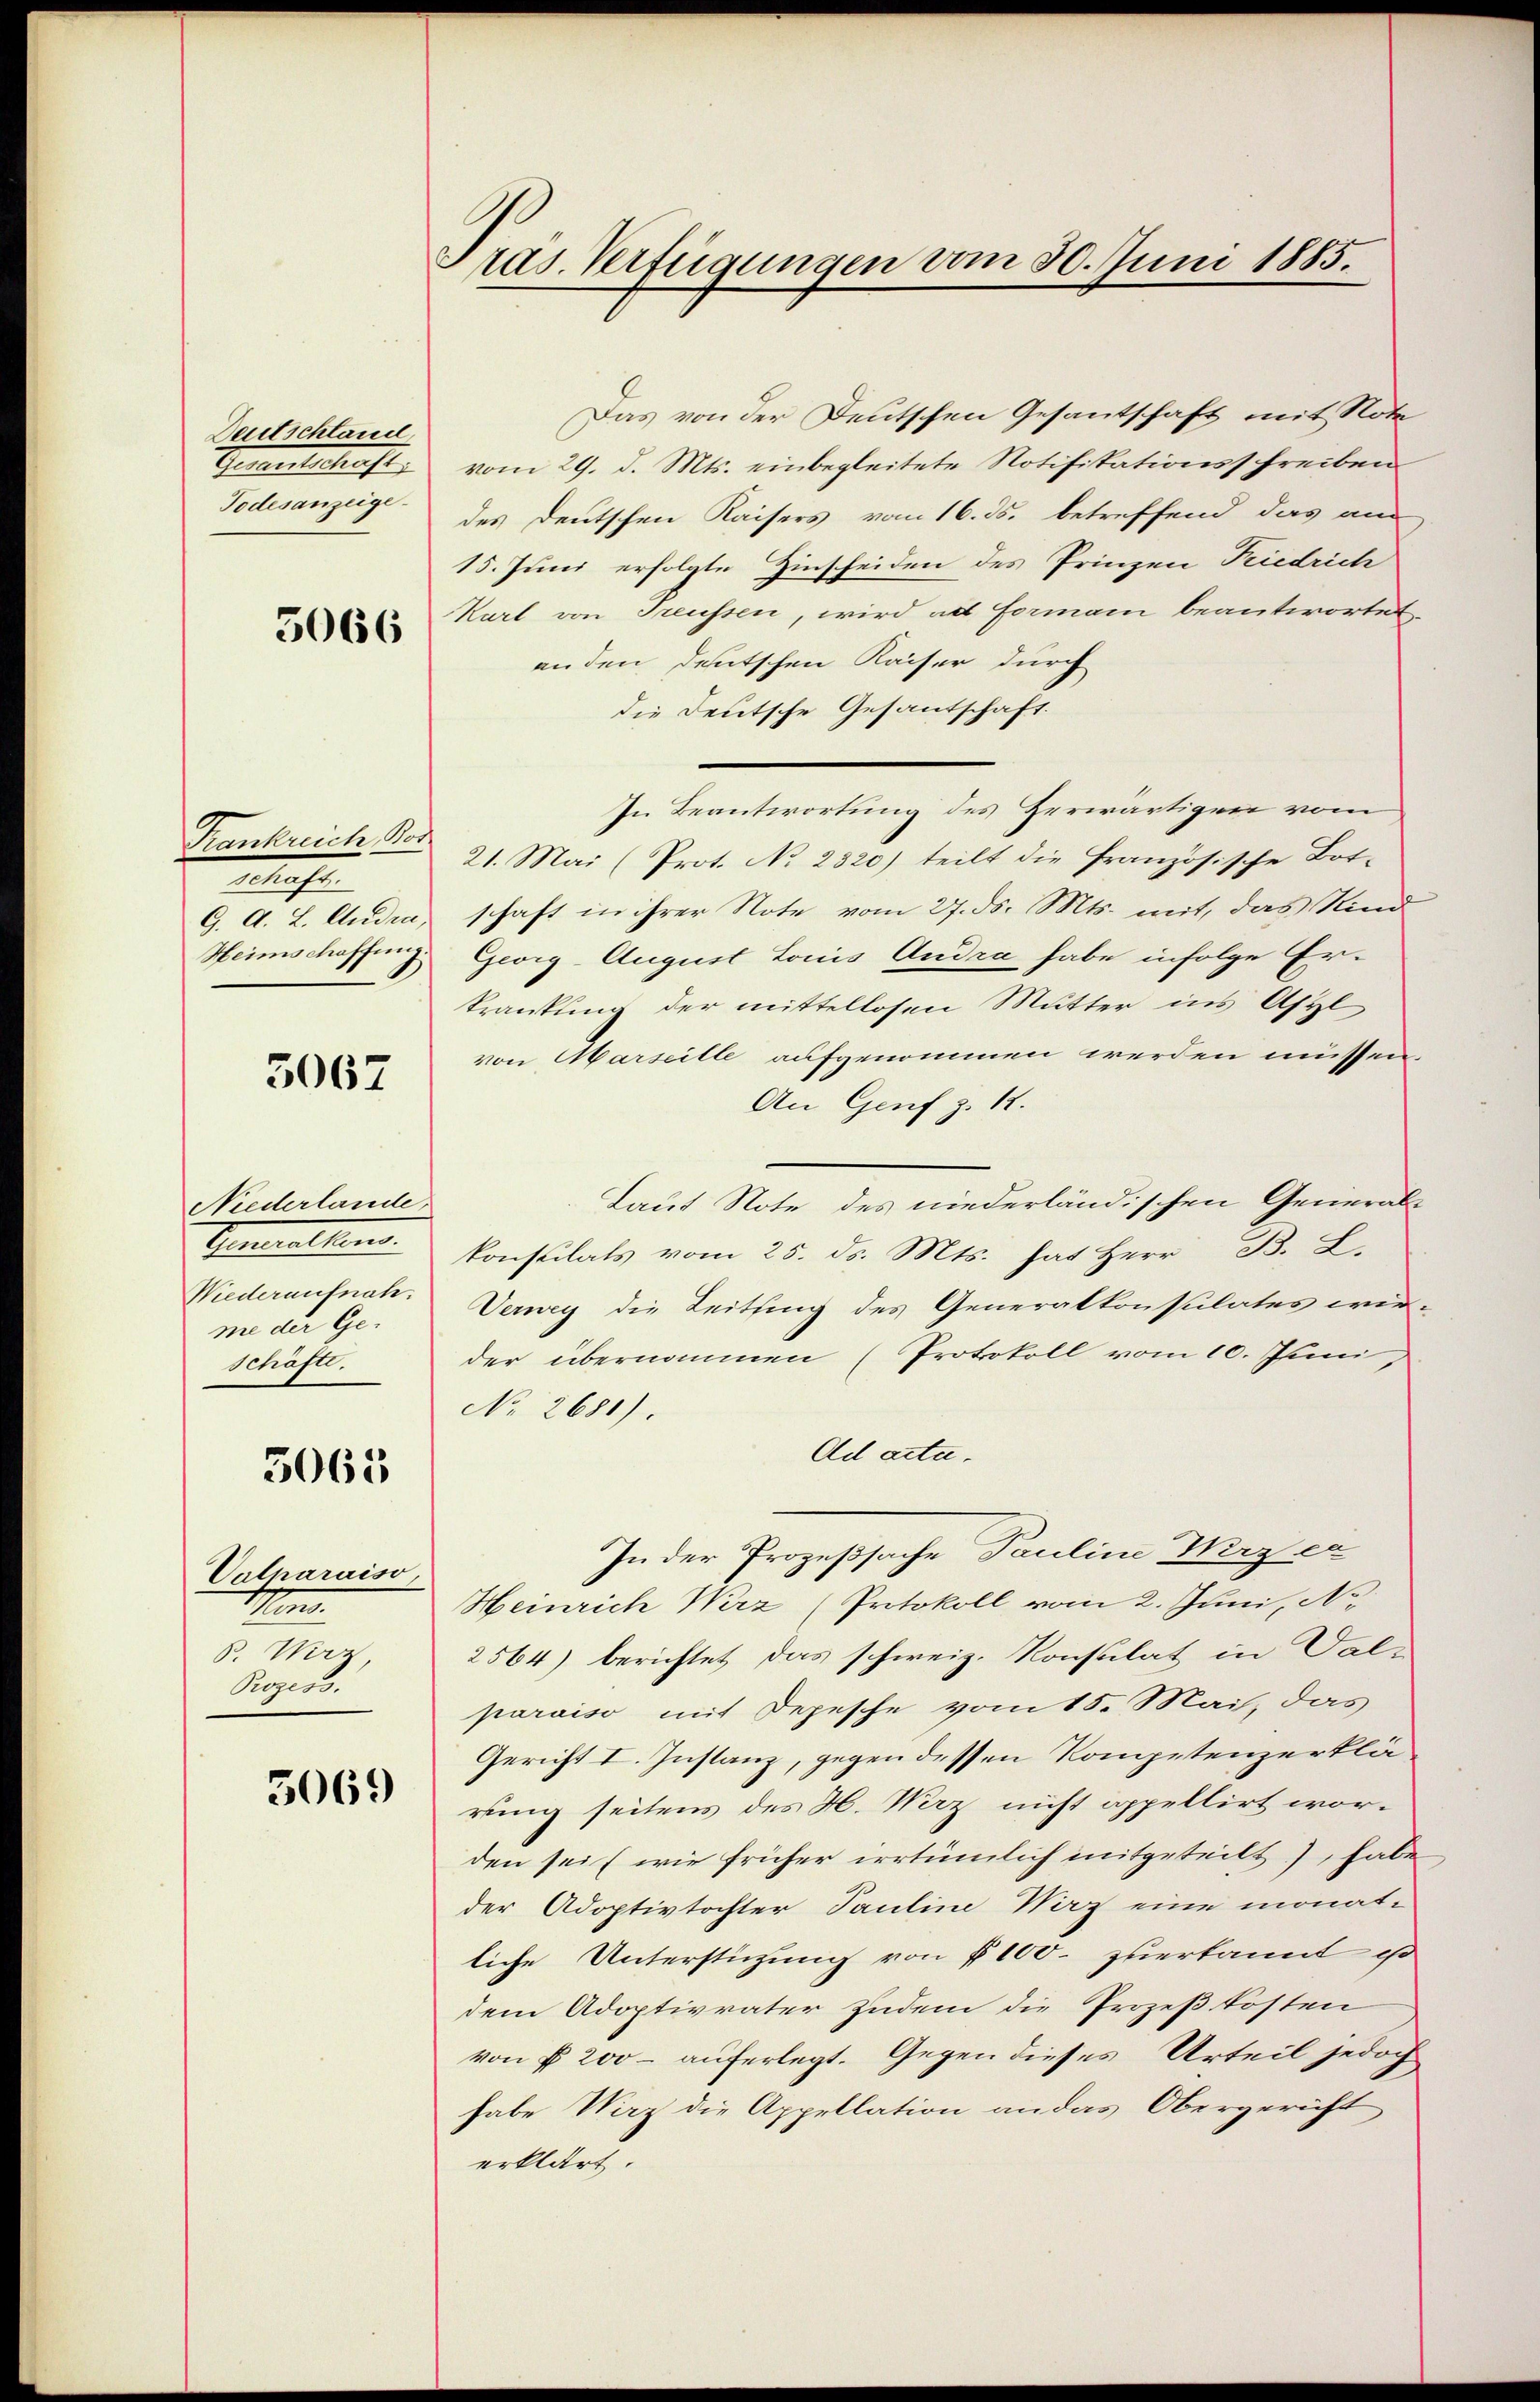
Deutschland,
Gautschaft
Todesanzeige.

5066

Krankreich, Bor
Manche
G. A. L. Andra,
Heimschaffung

3067

Niederlande
Gatten.
Wiederaufnah
me der Ge-
schäfte.

5063

Valnaraiso
Men
B. Wirz,
Prozess.

5069

Pras. Verfügungen vom 30. Juni 1885.

Das von der Deutschen Gesantschaft mit Note
vom 29. d. Mts. einbegleitete Notifikationsschreiben
des Deutschen Kaisers vom 16. ds. betreffend das am
15. Juni erfolgte Zinscheiden des Prinzen Riedrich
Karl von Treussen, wird ad Formani beantwortet.
an den deutschen Kaiser durch
die Deutsche Gesantschaft.
In Beantwortung des Herwärtigen vom
21. Mai (Prot. No 2320) teilt die französische Bot-
schaft in ihrer Note vom 27. ds. Mts. mit, das Kind
Georg-August Louis Andra habe infolge Erkrankung der mittellosen Mutter ins Asyl
von Marseille aufgenommen werden müssen.
An Genf z. 12.
Laut Note des niederländischen General-
konsulats vom 25. ds. Mts. hat Herr B. L.
Verwey die Leitung des Generalkonsulates wir-
der übernommen (Protokoll vom 10. Juni,
No 2681).
Ad acta.
In der Prozeßsache Pauline Miz ca
Heinrich Wirz (Protokoll vom 2. Juni, No
2564) berichtet das schweiz. Konsulat in Val-
paraiso mit Depesche vom 15. Mai, das
Gericht I. Instanz, gegen dessen Kompetenzerklärung seitens des H. Wirz nicht appellirt worden sei (wie früher irrtümlich mitgeteilt, habe
der Adoptivtochter Pauline Norz eine monat-
liche Unterstützung von § 100. zuerkannt ist
dem Adoptivvater zudem die Prozeßkosten
von f 200 - auferlegt. Gegen dieses Urteil jedoch
habe Wirz die Appellation an das Obergericht
erklärt.